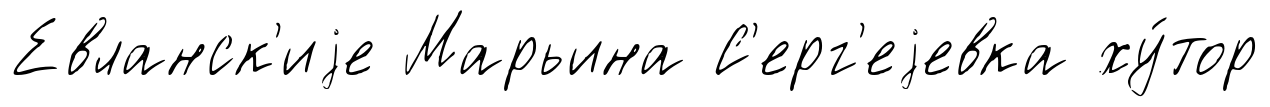
Евланск'иjе Марьина С'ерг'еjевка ху́тор